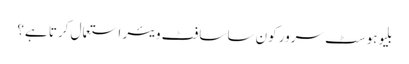
بلیوہوسٹ سرور کون سا سافٹ ویئر استعمال کرتا ہے؟